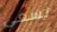
نسعى